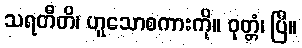
သရတီတိ၊ ဟူသောစကားကို။ ဝုတ္တံ၊ ပြီ။